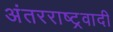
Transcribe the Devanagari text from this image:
अंतरराष्ट्रवादी